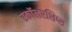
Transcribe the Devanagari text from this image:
स्कॉलरशिप्स